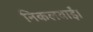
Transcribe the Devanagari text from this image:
निकलवाईं।